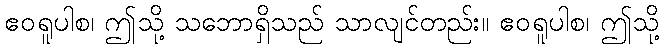
ဧဝရူပါစ၊ ဤသို့ သဘောရှိသည် သာလျင်တည်း။ ဧဝရူပါစ၊ ဤသို့